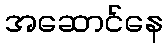
အဆောင်နေ